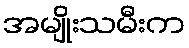
အမျိုးသမီးက